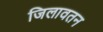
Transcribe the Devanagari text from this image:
जिलावतन